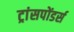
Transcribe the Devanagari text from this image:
ट्रांसपोंडर्स